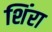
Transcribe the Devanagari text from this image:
शिंरा